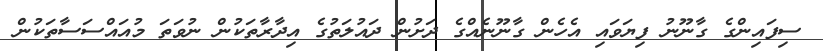
ސިފައިންގެ ގާނޫނު ފިޔަވައި އެހެން ގާނޫނެއްގެ ދަށުން ދައުލަތުގެ އިދާރާތަކުން ނުވަތަ މުއައްސަސާތަކުން